Report on vaccination in the Province of Bengal - 1869-1873
Year: 1869
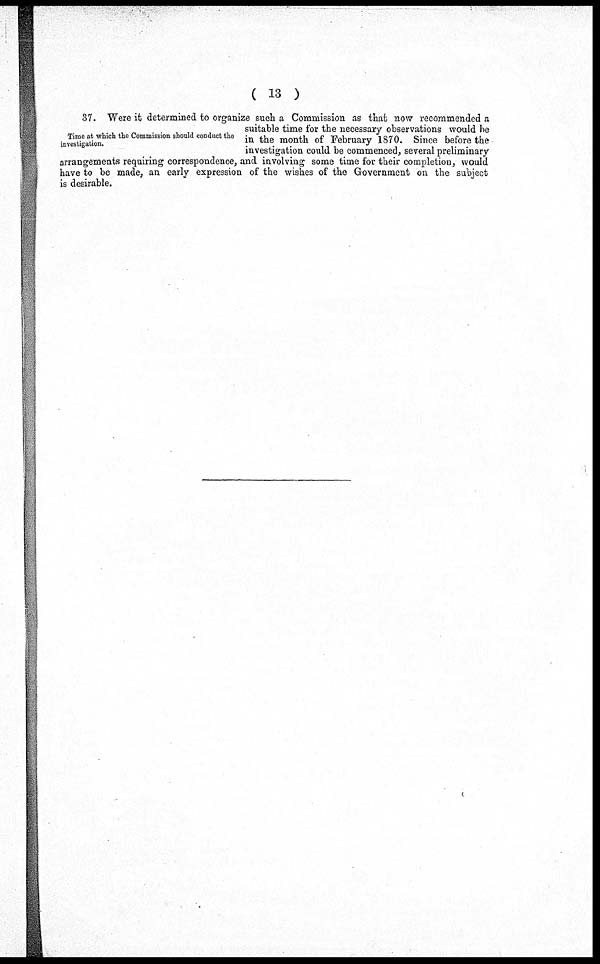
( 13 )
Time at which the Commission should conduct the
investigation.
37. Were it determined to organize such a Commission as that now recommended a
suitable time for the necessary observations would be
in the month of February 1870. Since before the
investigation could be commenced, several preliminary
arrangements requiring correspondence, and involving some time for their completion, would
have to be made, an early expression of the wishes of the Government on the subject
is desirable.